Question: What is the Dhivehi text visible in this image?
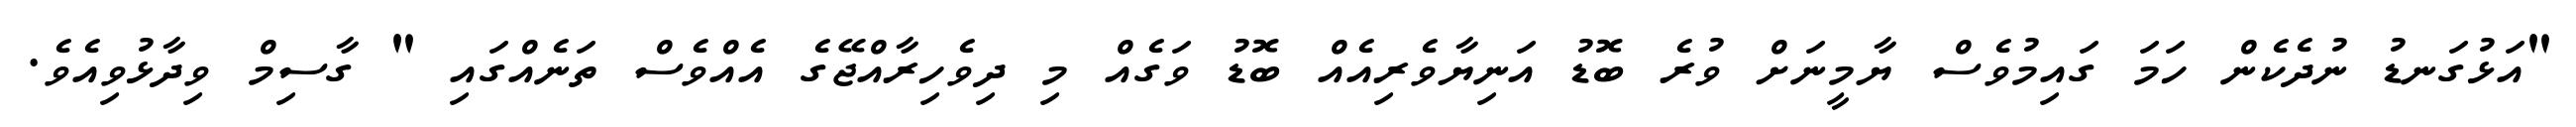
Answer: "އަޅުގަނޑު ނުދެކެން ހަމަ ގައިމުވެސް ޔާމީނަށް ވުރެ ބޮޑު އަނިޔާވެރިއެއް ބޮޑު ވަގެއް މި ދިވެހިރާއްޖޭގެ އެއްވެސް ތަނެއްގައި " ގާސިމް ވިދާޅުވިއެވެ.